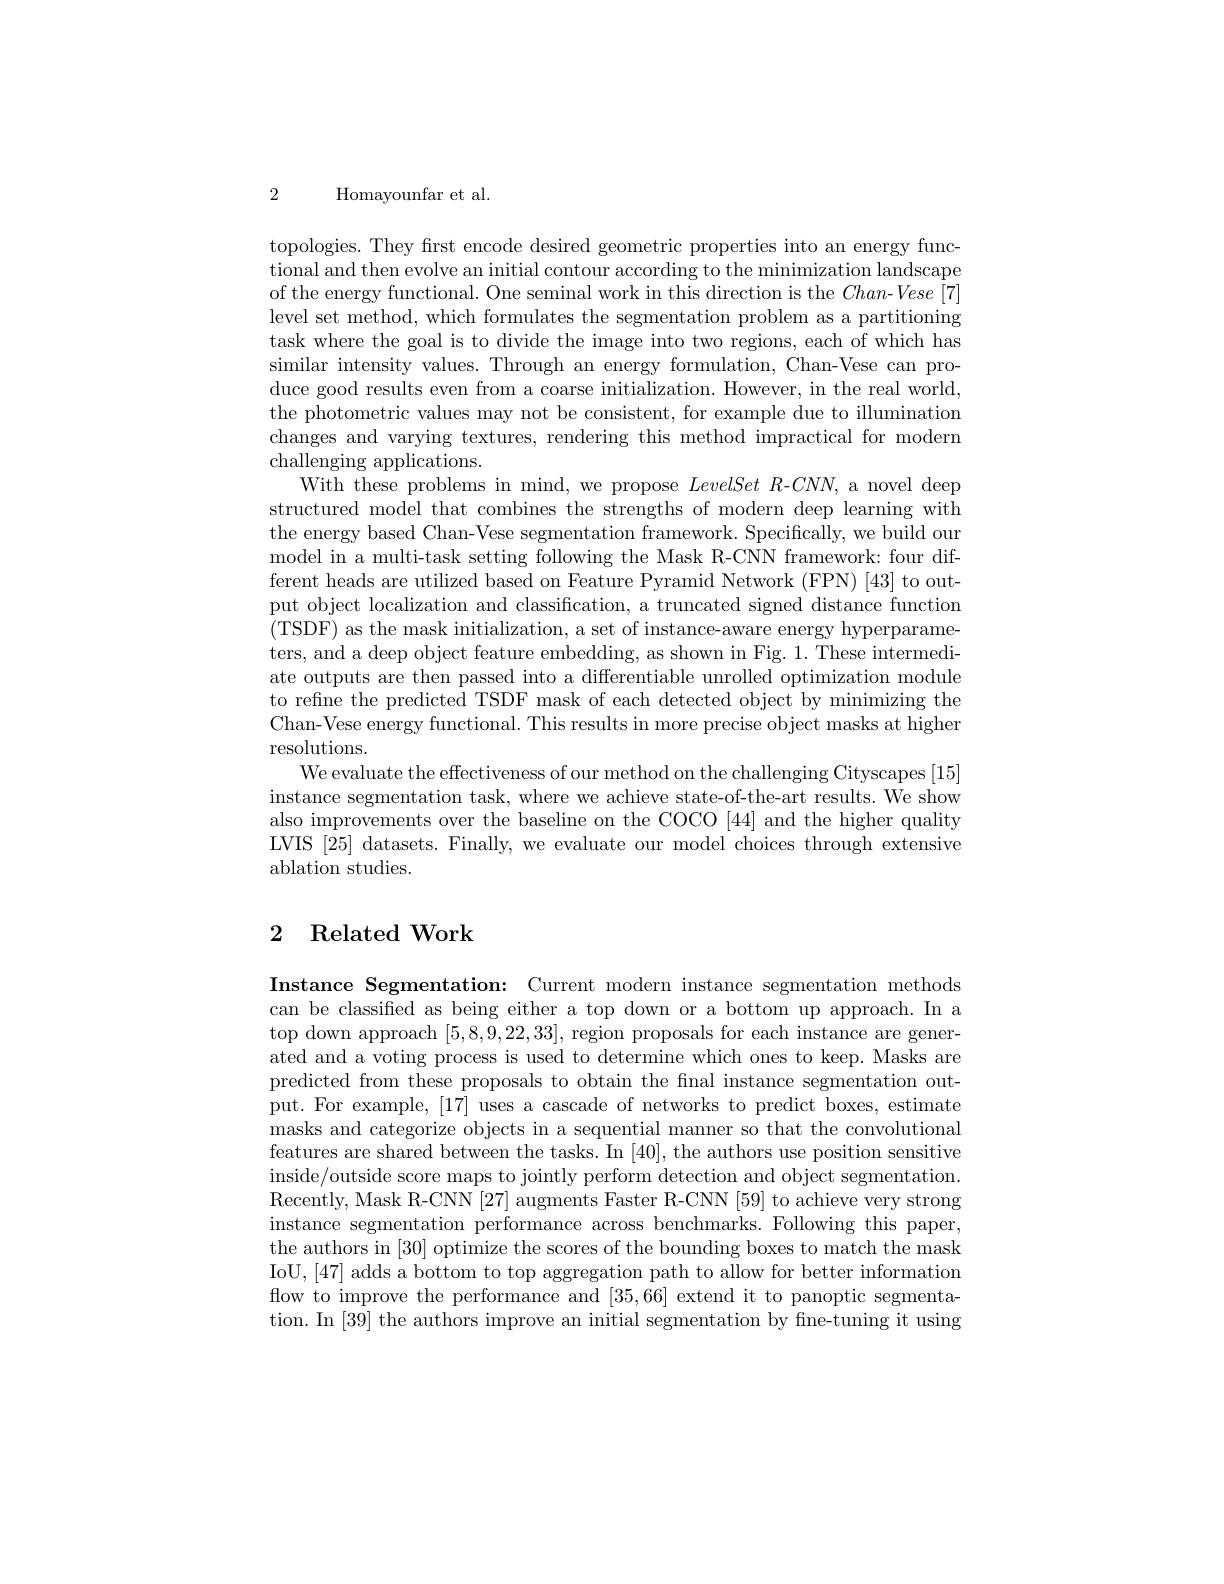
2 Homayounfar et al.

topologies. They first encode desired geometric properties into an energy functional and then evolve an initial contour according to the minimization landscape of the energy functional. One seminal work in this direction is the Chan-Vese [7] level set method, which formulates the segmentation problem as a partitioning task where the goal is to divide the image into two regions, each of which has similar intensity values. Through an energy formulation, Chan-Vese can produce good results even from a coarse initialization. However, in the real world, the photometric values may not be consistent, for example due to illumination changes and varying textures, rendering this method impractical for modern challenging applications.
With these problems in mind, we propose LevelSetR-$CNN$, a novel deep structured model that combines the strengths of modern deep learning with the energy based Chan-Vese segmentation framework. Specifically, we build our model in a multi-task setting following the Mask R-CNN framework: four different heads are utilized based on Feature Pyramid Network (FPN) [43] to output object localization and classification, a truncated signed distance function (TSDF) as the mask initialization, a set of instance-aware energy hyperparameters, and a deep object feature embedding, as shown in Fig. 1. These intermediate outputs are then passed into a differentiable unrolled optimization module to refine the predicted TSDF mask of each detected object by minimizing the Chan-Vese energy functional. This results in more precise object masks at higher resolutions.
We evaluate the effectiveness of our method on the challenging Cityscapes [15] instance segmentation task, where we achieve state-of-the-art results. We show also improvements over the baseline on the COCO [44] and the higher quality LVIS [25] datasets. Finally, we evaluate our model choices through extensive ablation studies.

## 2 Related Work

Instance Segmentation: Current modern instance segmentation methods can be classified as being either a top down or a bottom up approach. In a top down approach [5,8,9,22,33], region proposals for each instance are generated and a voting process is used to determine which ones to keep. Masks are predicted from these proposals to obtain the fnal instance segmentation output. For example, [17] uses a cascade of networks to predict boxes, estimate masks and categorize objects in a sequential manner so that the convolutional features are shared between the tasks. In [40], the authors use position sensitive inside/outside score maps to jointly perform detection and object segmentation. Recently, Mask R-CNN [27] augments Faster R-CNN [59] to achieve very strong instance segmentation performance across benchmarks. Following this paper, the authors in [30] optimize the scores of the bounding boxes to match the mask IoU,[47] adds a bottom to top aggregation path to allow for better information flow to improve the performance and [35,66] extend it to panoptic segmentation. In [39] the authors improve an initial segmentation by fine-tuning it using